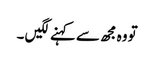
تو وہ مجھ سے کہنے لگیں ۔